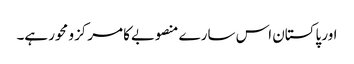
اور پاکستان اس سارے منصوبےکا مرکزو محور ہے۔